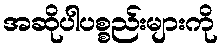
အဆိုပါပစ္စည်းများကို